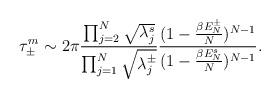
LaTeX: \begin{align*}\tau_\pm^m \sim 2 \pi \frac{\prod_{j=2}^N \sqrt{\lambda_j^s}}{\prod_{j=1}^N \sqrt{\lambda_j^\pm}}\frac{(1-\frac{\beta E_N^\pm}{N})^{N-1}}{(1-\frac{\beta E_N^s}{N})^{N-1}}.\end{align*}